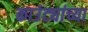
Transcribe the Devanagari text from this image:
काउंट्यांच्या